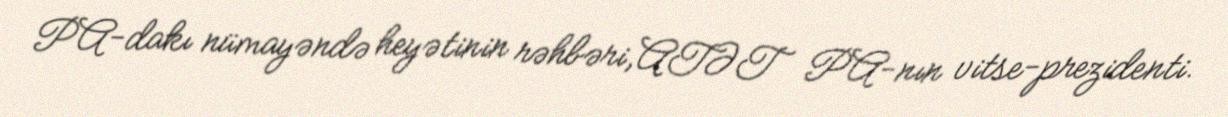
PA-dakı nümayəndə heyətinin rəhbəri,ATƏT PA-nın vitse-prezidenti.